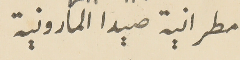
مطرانية صيدا المارونية